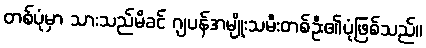
တစ်ပုံမှာ သားသည်မိခင် ဂျပန်အမျိုးသမီးတစ်ဦး၏ပုံဖြစ်သည်။